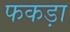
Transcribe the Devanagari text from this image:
फकड़ा